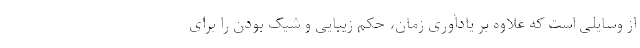
از وسایلی است که علاوه بر یادآوری زمان، حکم زیبایی و شیک بودن را برای